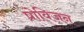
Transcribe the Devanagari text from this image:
प्रोविजन